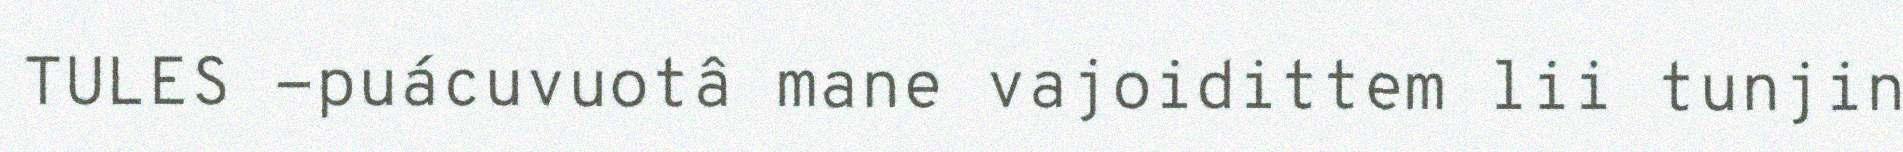
TULES -puácuvuotâ mane vajoidittem lii tunjin